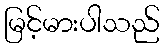
မြင့်မားပါသည်